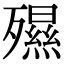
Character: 𣩯